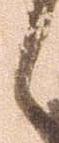
候